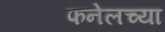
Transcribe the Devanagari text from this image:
फनेलच्या